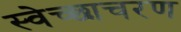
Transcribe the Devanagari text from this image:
स्वेच्छाचरण